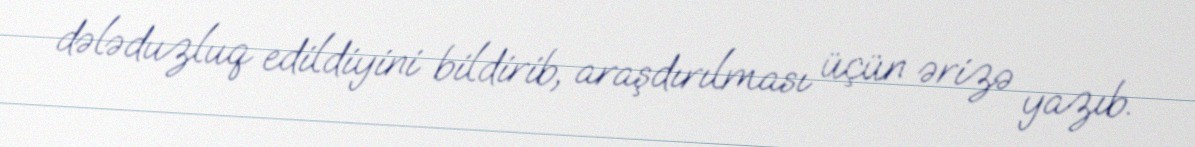
dələduzluq edildiyini bildirib, araşdırılması üçün ərizə yazıb.